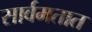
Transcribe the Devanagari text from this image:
सार्वमतात